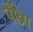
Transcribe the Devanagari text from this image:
पौव्रेस